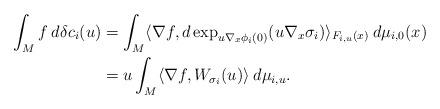
LaTeX: \begin{align*} \int_M f \: d \delta {c}_i(u) & = \int_M \langle \nabla f, d\exp_{u \nabla_x \phi_i(0)}(u \nabla_x \sigma_i) \rangle_{F_{i,u}(x)} \: d\mu_{i,0}(x) \\& = u \int_M \langle \nabla f, W_{\sigma_i}(u) \rangle \: d\mu_{i,u}. \end{align*}